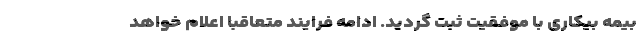
بیمه بیکاری با موفقیت ثبت گردید. ادامه فرایند متعاقبا اعلام خواهد